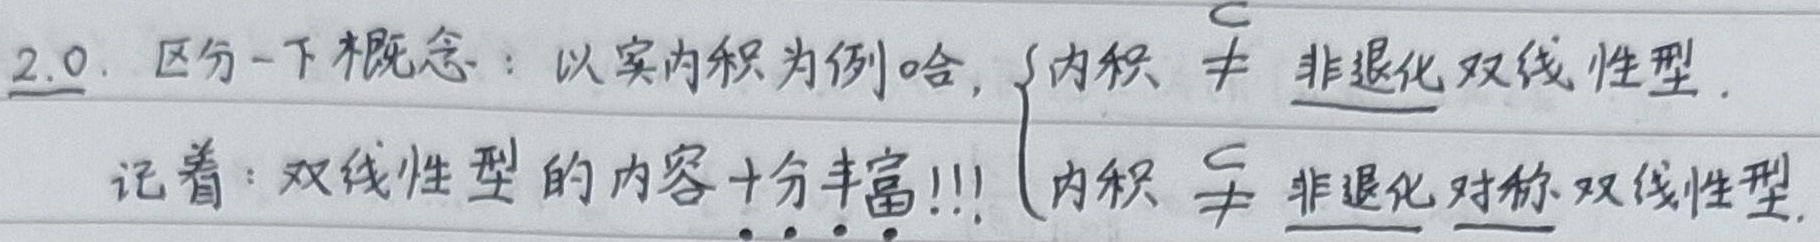
2.0. 区分一下概念：以实内积为例哈，
\(\begin{cases}
\text{内积}\neq\text{非退化双线性型}\\
\text{内积}\subsetneq\text{非退化对称双线性型}
\end{cases}\)
记着：双线性型的内容十分丰富!!!